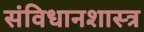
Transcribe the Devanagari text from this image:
संविधानशास्त्र